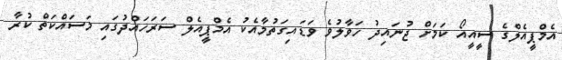
އެމްޕީއެލްގެ ސީއީއޯ ކަމަށް ޖުނައިދު ހަވާލުވެ ވަޑައިގަތުމާއެކު އެމްޕީއެލް ސަރަހައްދުގައި މަސައްކަތް ކުރާ